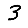
Digit: 3